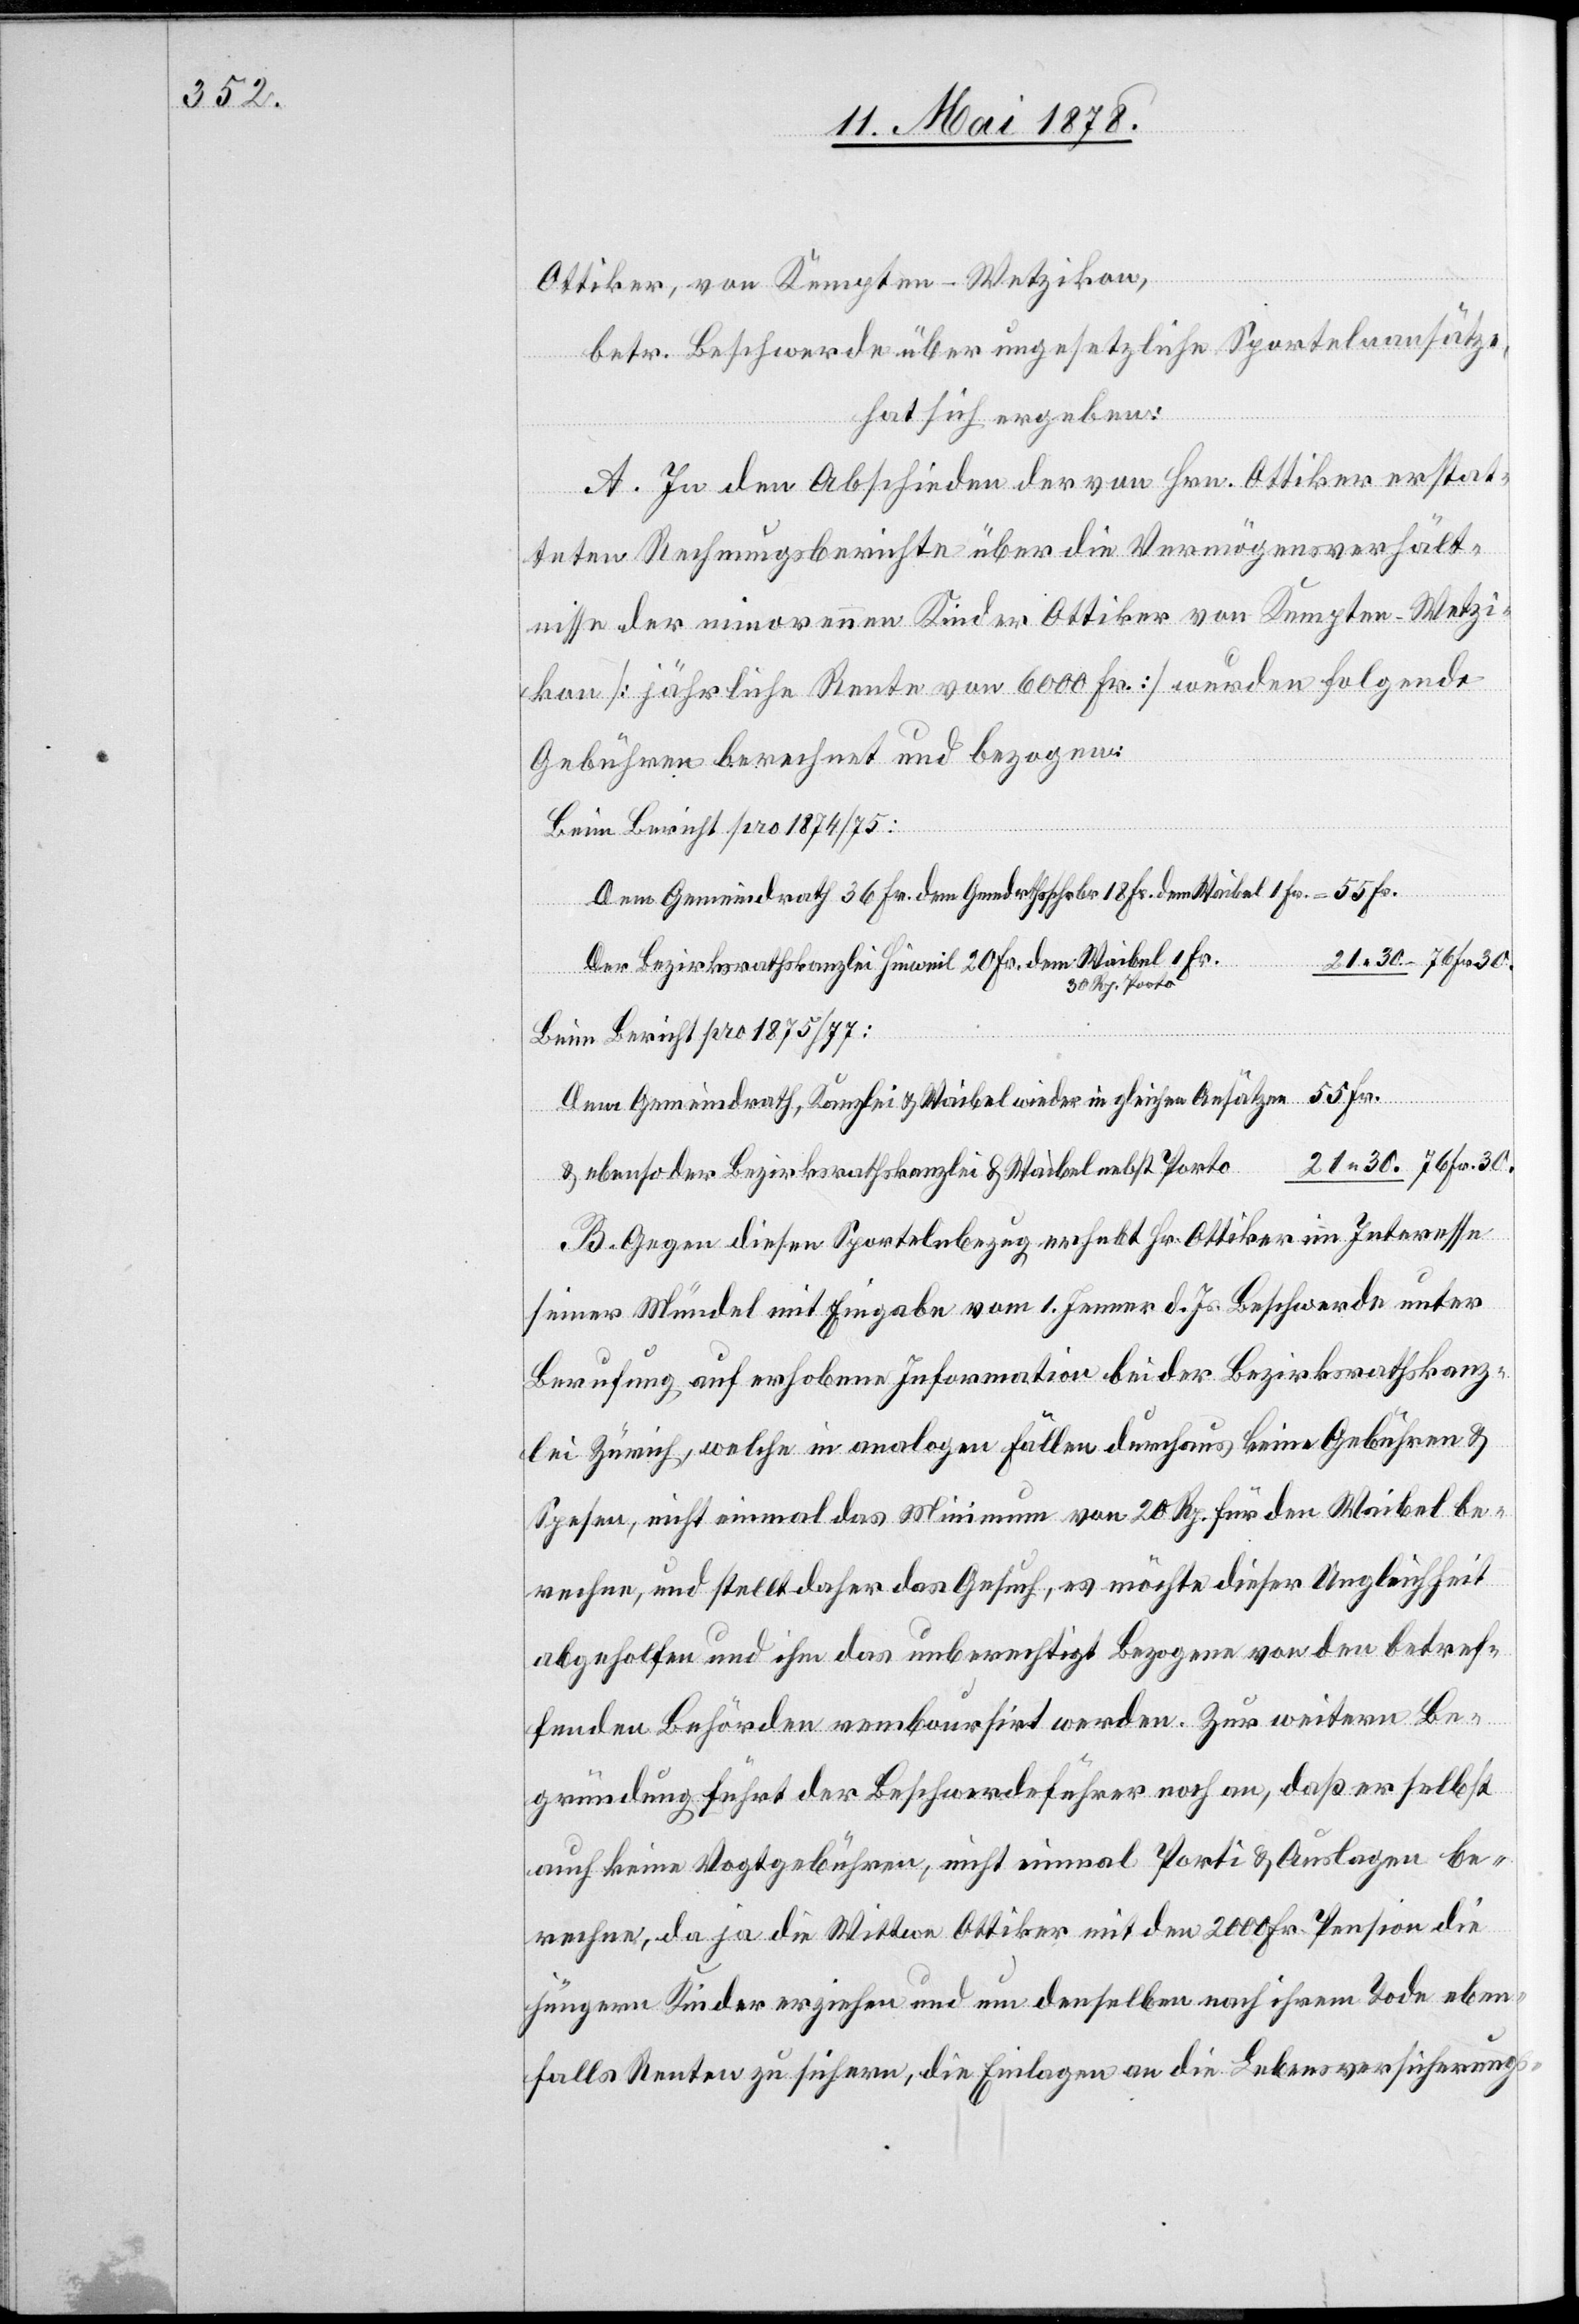
Ottiker, von Kempten - Wetzikon,
betr. Beschwerde über ungesetzliche Sportelnansätze,
hat sich ergeben:
A. In den Abschieden der von Hrn. Ottiker erstat¬
teten Rechnungsberichte über die Vermögensverhält¬
nisse der minorennen Kinder Ottiker von Kempten - Wetzi¬
kon [jährliche Rente von 6000 Fr.] wurden folgende
Gebühren berechnet und bezogen:
Beim Bericht pro 1874/75:
Dem Gemeindrath 36 Fr. dem Gmdrthsschrbr. 18 Fr. dem Waibel 1 Fr. = 55 Fr.
Der Bezirksrathskanzlei Hinweil 20 Fr. dem Waibel 1 Fr.
30 Rp. Porto
Beim Bericht pro 1875/77:
Dem Gemeindrath, Kanzlei & Waibel wieder in gleichen Ansätzen 55 Fr.
21. 30. 76 Fr. 30.
& ebenso der Bezirksrathkanzlei & Waibel nebst Porto
B. Gegen diesen Sportelnbezug ersucht Hr. Ottiker im Interesse
seiner Mündel mit Eingabe vom 1. Jenner d. Js. Beschwerde unter
Berufung auf erhobene Information bei der Bezirksrathskanz¬
lei Zürich, welche in analogen Fällen durchaus keine Gebühren &
Spesen, nicht einmal das Minimum von 20 Rp. für den Waibel be¬
rechne, und stellt daher das Gesuch, es möchte dieser Ungleichheit
abgeholfen und ihm das unberechtigt Bezogene von den betref¬
fenden Behörden reboursirt werden. Zur weitern Be¬
gründung führt der Beschwerdeführer noch an, daß er selbst
auf keine Vogtgebühren, nicht einmal Porto & Auslagen be¬
rechne, da ja die Wittwe Ottiker mit den 2000 Fr. Pension die
jüngern Kinder erziehen und um denselben nach ihrem Tode eben¬
falls Renten zu sichern, die Einlagen an die Lebensversicherungs-